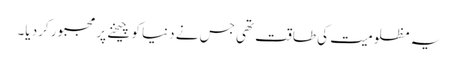
یہ مظلومیت کی طاقت تھی جس نے دنیا کو چیخنے پر مجبور کرد یا۔